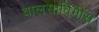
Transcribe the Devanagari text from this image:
वालसाविंगीस